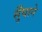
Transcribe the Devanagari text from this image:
सुँघाने